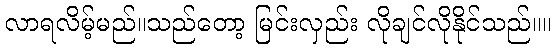
လာရလိမ့်မည်။သည်တော့ မြင်းလှည်း လိုချင်လိုနိုင်သည်။။